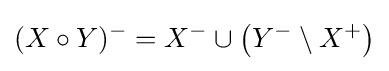
(X\circ Y)^{-}=X^{-}\cup \left(Y^{-}\setminus X^{+}\right)